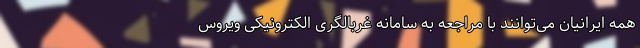
همه ایرانیان می‌توانند با مراجعه به سامانه غربالگری الکترونیکی ویروس